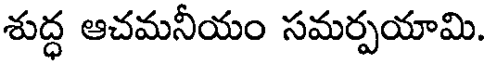
శుద్ధ ఆచమనీయం సమర్పయామి.